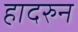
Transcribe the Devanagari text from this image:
हादरुन